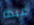
عبدة